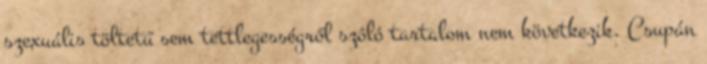
szexuális töltetű sem tettlegességről szóló tartalom nem következik. Csupán